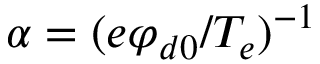
\alpha = ( e \varphi _ { d 0 } / T _ { e } ) ^ { - 1 }